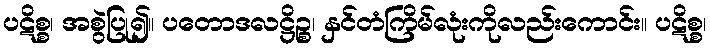
ပဋိစ္စ၊ အစွဲပြု၍။ ပတောဒလဋ္ဌိဉ္စ၊ နှင်တံကြိမ်လုံးကိုလည်းကောင်း။ ပဋိစ္စ၊